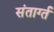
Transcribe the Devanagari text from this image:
संतार्ग्त